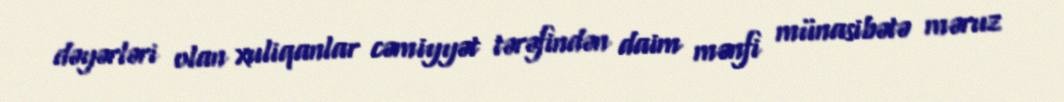
dəyərləri olan xuliqanlar cəmiyyət tərəfindən daim mənfi münasibətə məruz